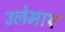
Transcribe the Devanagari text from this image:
उलेमाए